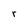
Character: e